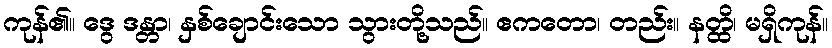
ကုန်၏။ ဒွေ ဒန္တာ၊ နှစ်ချောင်းသော သွားတို့သည်။ ဧကတော၊ တည်း။ နတ္ထိ၊ မရှိကုန်။